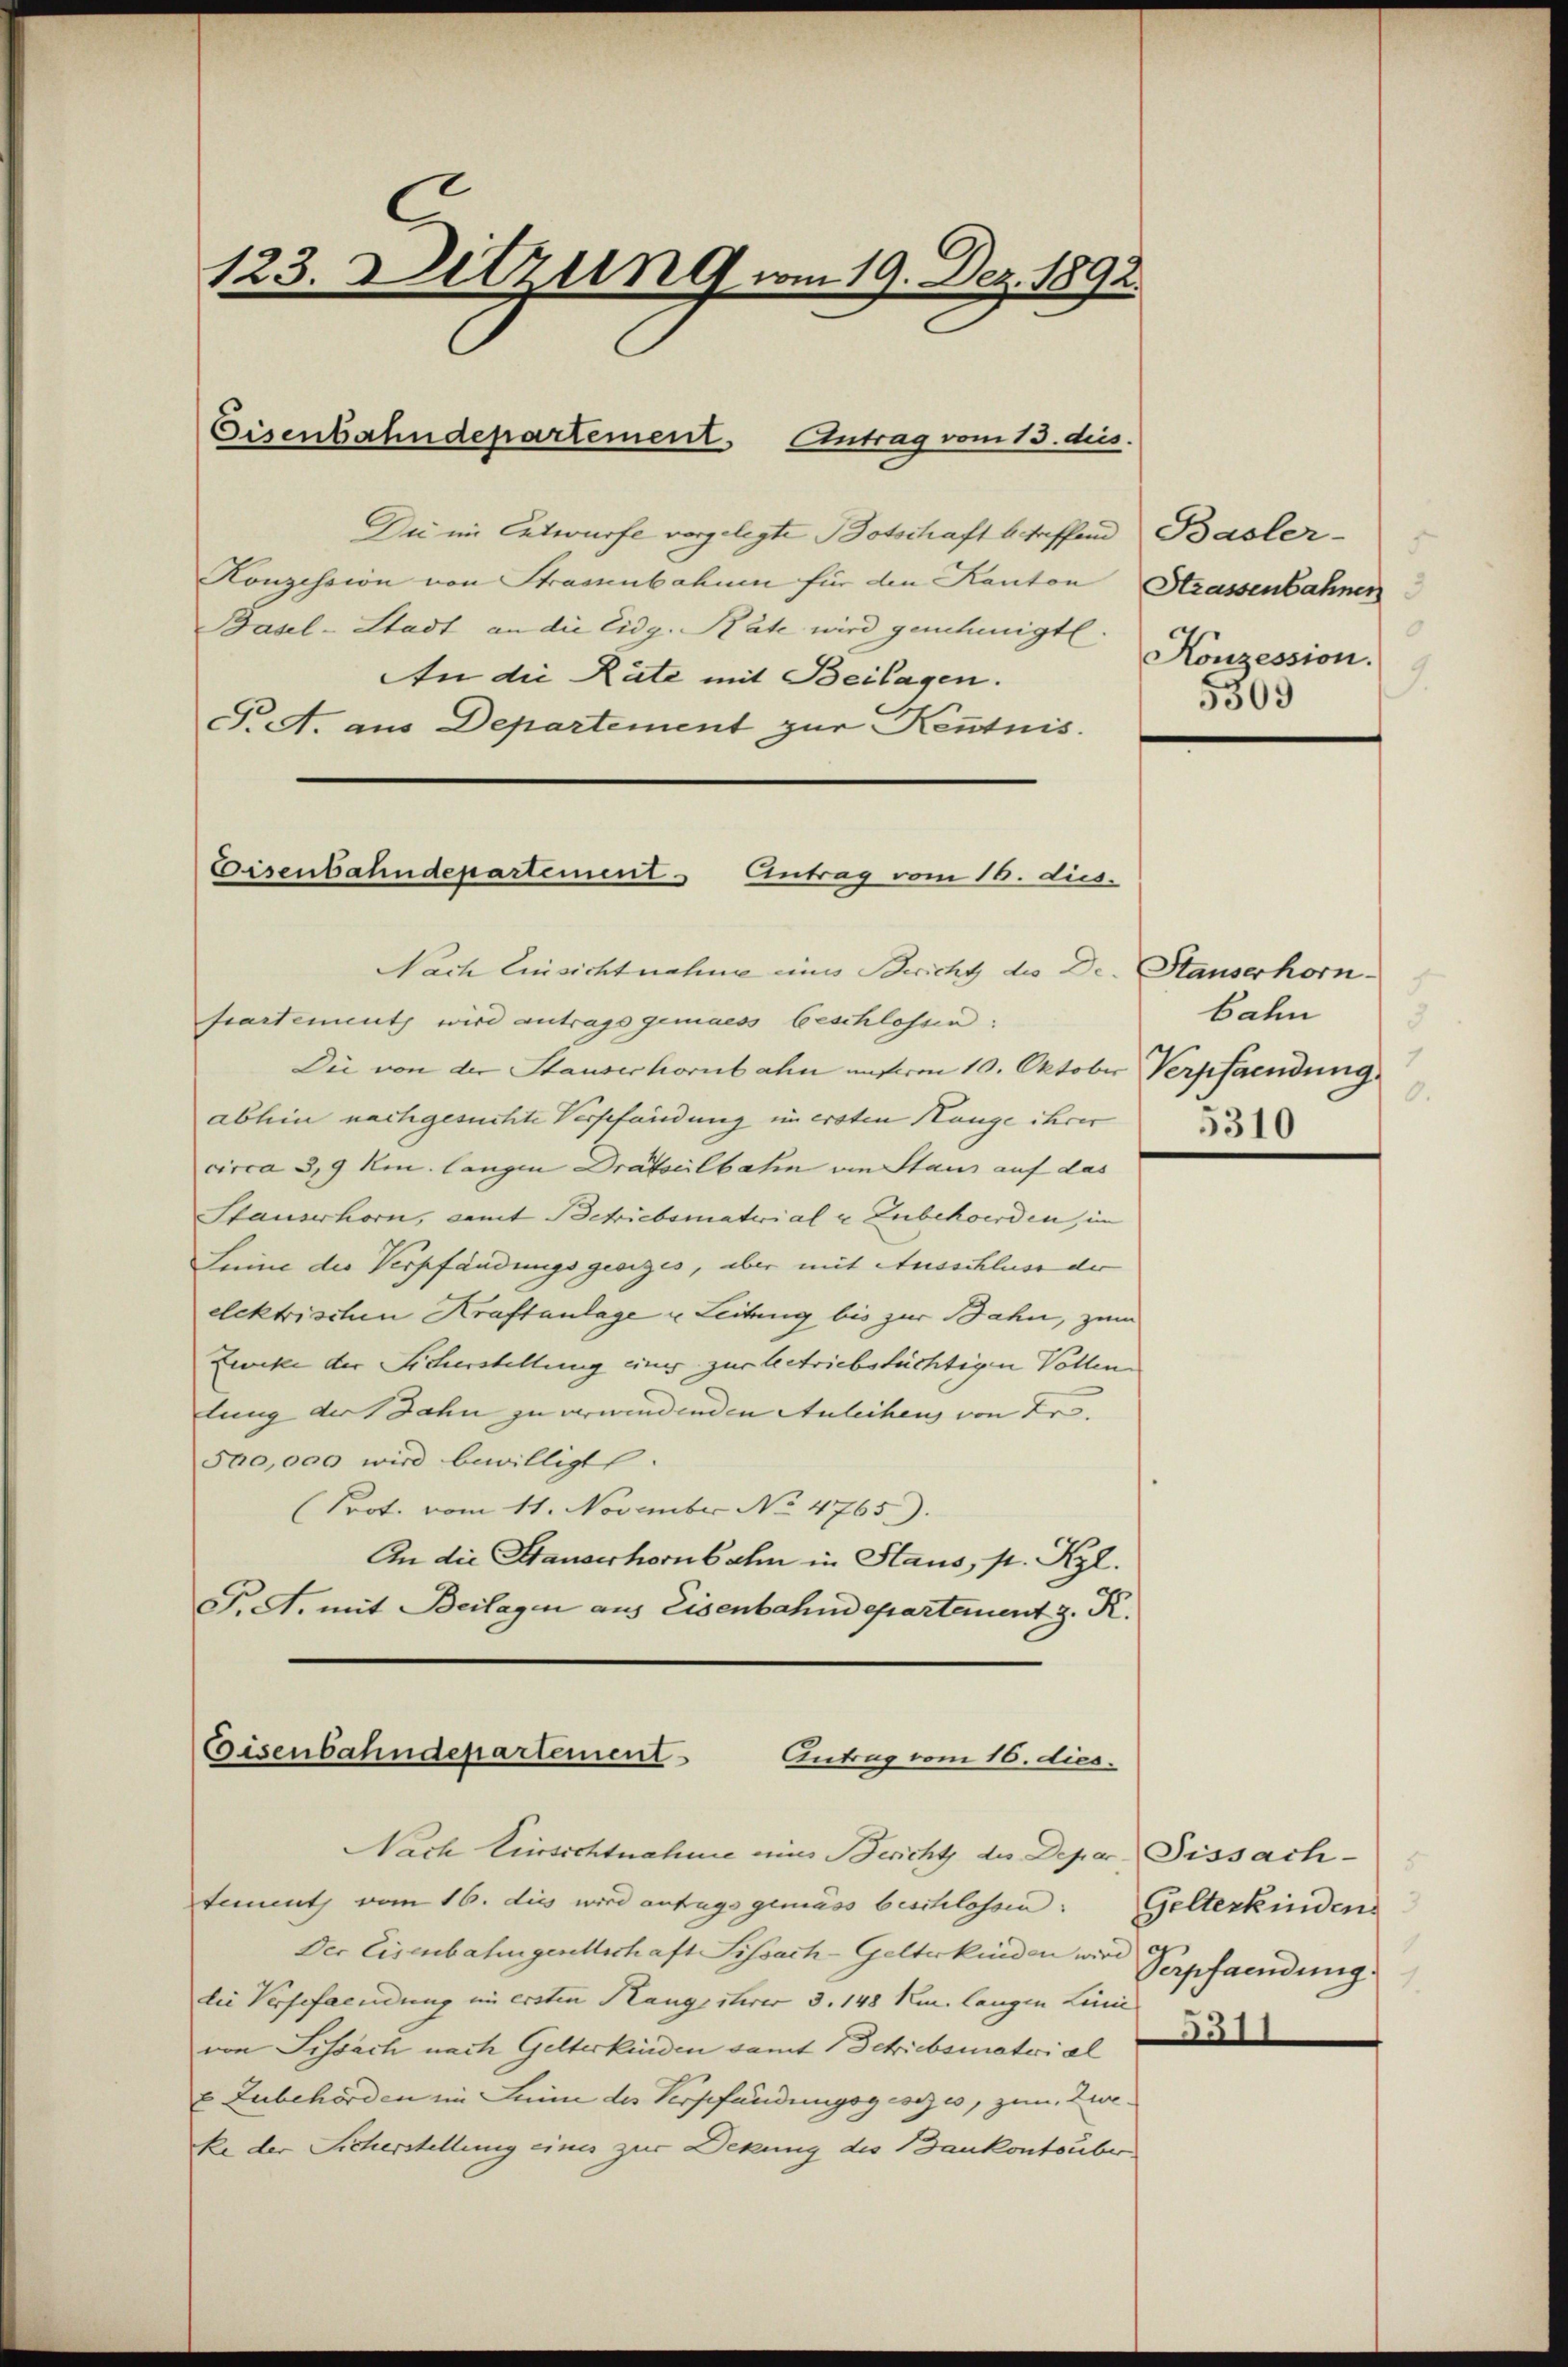
123. Ditzung vom 19. Dez. 1892.
Eisenbahndepartement Antrag vom 13. ds.

Du im Entwurfe vorgelegte Botschaft betreffend Basler-
Konzession von Strassenbahnen für den Kanton
Basel-Stadt an die Eidg. Räte wird genehmigt
An die Räte mit Beilagen.
T. A. aus Departement zur Kenntnis.
Eisenbahndepartement - Antrag vom 16. dus.

Nach Einsichtnahme eines Bericht des Dr. Stauserhornseartement wird antragsgemaess beschlossen:
Die von der Stausechornbahn unterm 10. Oktober Verpfandung
abhin nachgesuchte Verschändung im ersten Hange ihrer
circa 3,9 km. langen Drätselbahn von Staus auf das
Stauserhorn, samt Betriebsmaterial u Zubehoerden, im
Leine der Verpfändungsgesizes, aber mit Ausschluss der
elektrischen Kraftanlage u Leitung bis zur Bahn, zum
Zeocke der Sicherstellung einer zur betriebstüchtigen Vollen
lung der Jahn zu verwindenden Anleihens von Fr.
500,000 wird bewilligt.
(Prot. vom 11. November No 4765).
An die Stauderhornbahn in Staus, s. Kgl.
F. A. mit Beilagen aus Eisenbahndepartement z. R.
Eisenbahndepartement
Antrag vom 16. dies

Nach Einsichtnahme eine Bericht des Deper. Fissach-
tement vom 16. dies wird anfugsgemäss beschlossen.
Der Eisenbahngesellschaft Sissach-Gelterkinden wird er
die Versefaendung im ersten Rangesterer 3. 148 km. langen Leine
von Sissach nach Gelterkinden samt 1 Schriebsmaterial
 Zubehörden im Lein des Verpfändungsgesezes, zum Zuke der Sicherstellung eines zur Dekung des Bankontsüber.

Strassenbahnen
.
Konzession.
1.
5309

5
bahn
0.
5310

Gelterkindens
Verpfandung.
.

51